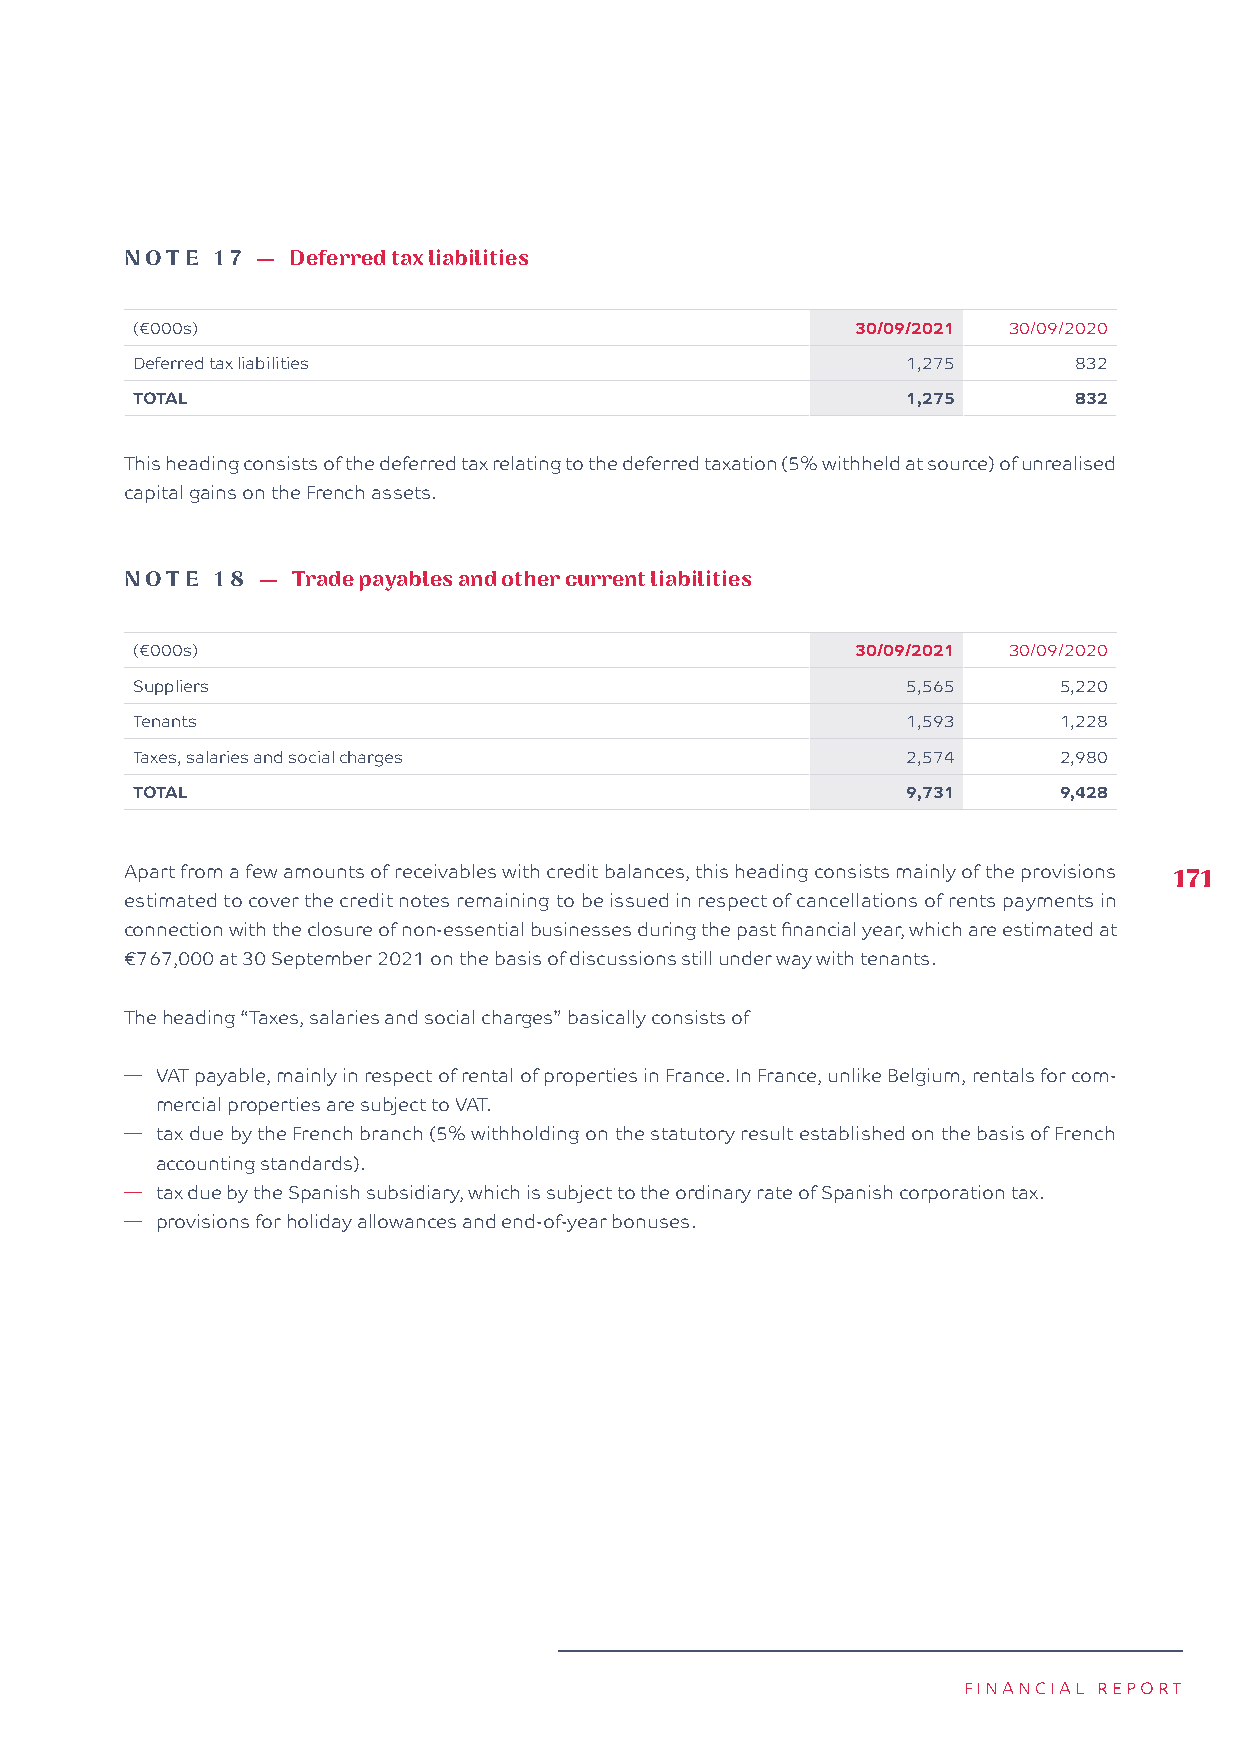
NOTE  17 — D eferred tax liabilities
 (€000s)                                         30/09/2021 30/09/2020
 Deferred tax liabilities                           1,275      832
 TOTAL                                              1,275      832
 This heading consists of the deferred tax relating to the deferred taxation (5% withheld at source) of unrealised
 capital gains on the French assets.
 NOTE  18 — T rade payables and other current liabilities
 (€000s)                                         30/09/2021 30/09/2020
 Suppliers                                          5,565     5,220
 Tenants                                            1,593     1,228
 Taxes, salaries and social charges                 2,574     2,980
 TOTAL                                              9,731     9,428
 Apart from a few amounts of receivables with credit balances, this heading consists mainly of the provisions 171
 estimated to cover the credit notes remaining to be issued in respect of cancellations of rents payments in
 connection with the closure of non-essential businesses during the past financial year, which are estimated at
 €767,000 at 30 September 2021 on the basis of discussions still under way with tenants.
 The heading “Taxes, salaries and social charges” basically consists of
 � VAT payable, mainly in respect of rental of properties in France. In France, unlike Belgium, rentals for com-
 mercial properties are subject to VAT.
 � tax due by the French branch (5% withholding on the statutory result established on the basis of French
 accounting standards).
 � tax due by the Spanish subsidiary, which is subject to the ordinary rate of Spanish corporation tax.
 � provisions for holiday allowances and end-of-year bonuses.
 FINANCIAL REPORT